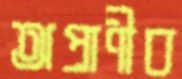
অপ্রাণীব